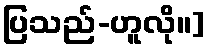
ပြသည်-ဟူလို။]